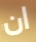
ان